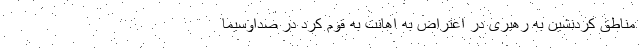
مناطق کردنشین به رهبری در اعتراض به اهانت به قوم کرد در صداوسیما